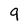
Character: 9